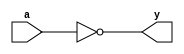
module not_gate_primitive (
       input wire a,
       output wire y
   );
       not (y, a);
endmodule